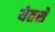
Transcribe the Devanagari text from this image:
येतसे